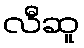
လီဆူ